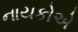
નાયકોએ